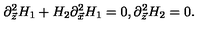
\partial _ { \vec { z } } ^ { 2 } H _ { 1 } + H _ { 2 } \partial _ { \vec { x } } ^ { 2 } H _ { 1 } = 0 , \partial _ { \vec { z } } ^ { 2 } H _ { 2 } = 0 .